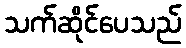
သက်ဆိုင်ပေသည်